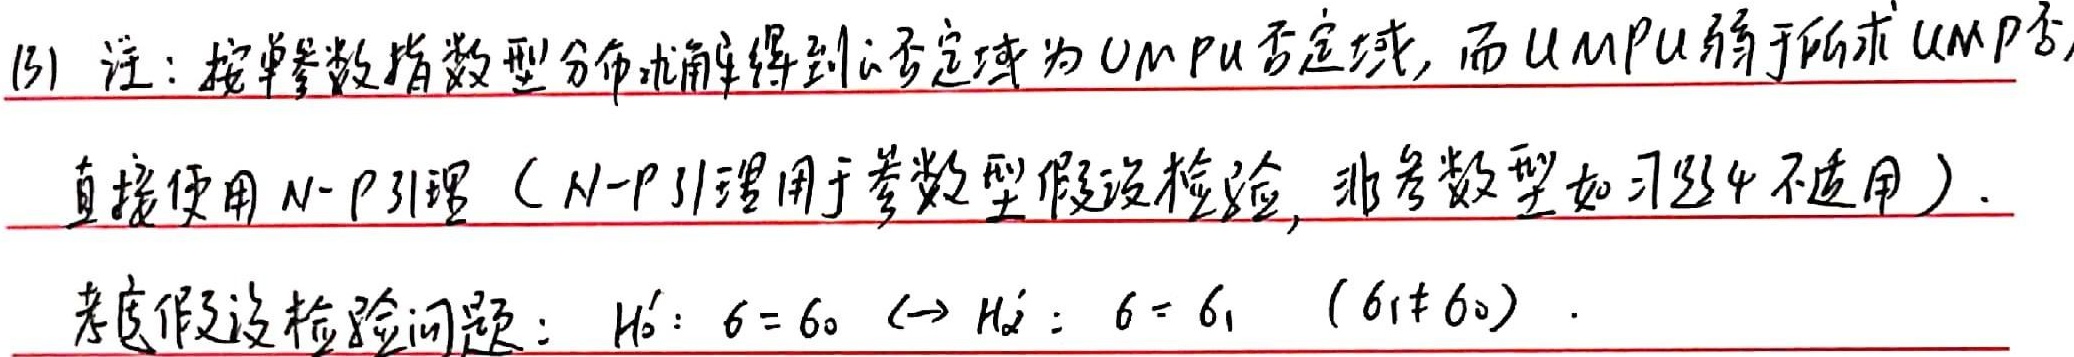
(3) 注：按单参数指数型分布求解得到的否定域为UMPU否定域，而UMPU属于所求UMP否
直接使用N - P引理（N - P引理用于参数型假设检验，非参数型如习题4不适用）.
考虑假设检验问题：$H_{0}': \sigma=\sigma_{0} \leftrightarrow H_{1}': \sigma=\sigma_{1} \ (\sigma_{1}\neq\sigma_{0})$.